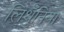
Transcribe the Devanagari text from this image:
लिथुँनिया